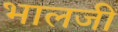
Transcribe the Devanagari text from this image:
भालजीं